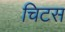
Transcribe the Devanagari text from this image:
चिटस